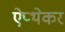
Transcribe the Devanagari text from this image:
ऐप्थेकर